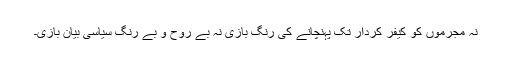
نہ مجرموں کو کیفر کردار تک پہنچانے کی رنگ بازی نہ بے روح و بے رنگ سیاسی بیان بازی۔